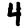
Digit: 4